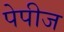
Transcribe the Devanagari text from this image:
पेपीज